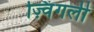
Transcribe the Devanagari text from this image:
ज़्विंगली